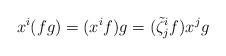
LaTeX: \begin{align*}x^{i}(fg)=(x^{i}f)g=(\tilde{\zeta}^{i}_{j}f)x^{j}g\end{align*}